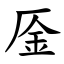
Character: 㕋